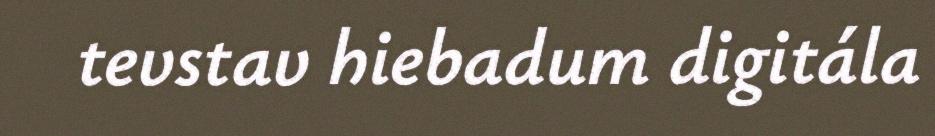
tevstav hiebadum digitála